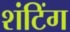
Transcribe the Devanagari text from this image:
शंटिंग